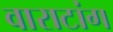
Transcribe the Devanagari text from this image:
वाराटांग